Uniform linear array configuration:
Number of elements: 48
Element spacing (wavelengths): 0.75
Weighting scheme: hamming
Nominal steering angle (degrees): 30
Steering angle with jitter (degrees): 28.947
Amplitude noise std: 0.05
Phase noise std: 0.05

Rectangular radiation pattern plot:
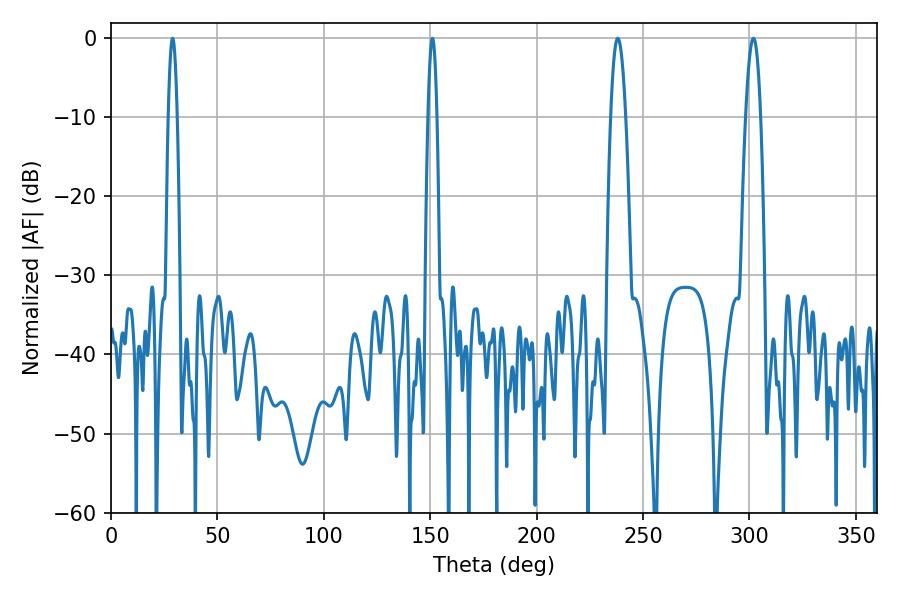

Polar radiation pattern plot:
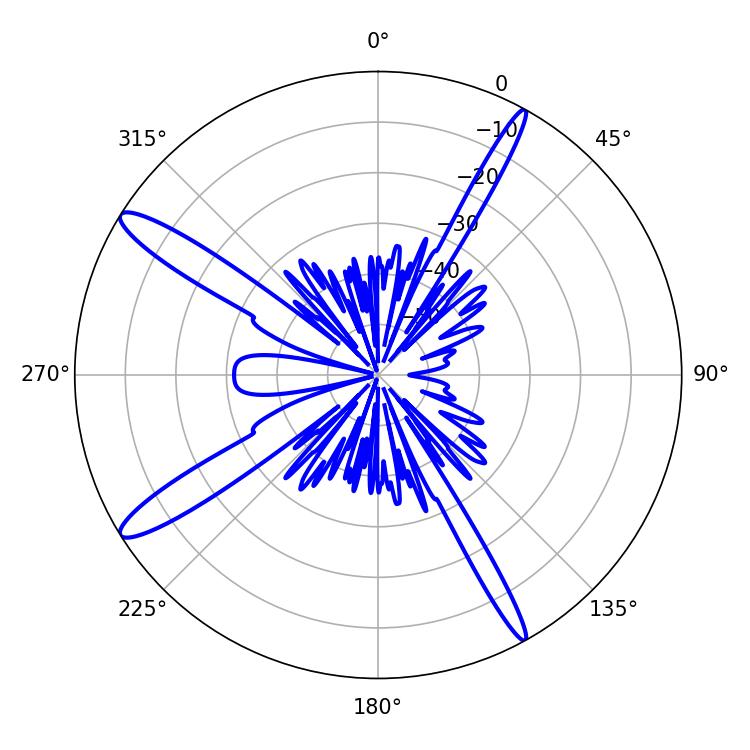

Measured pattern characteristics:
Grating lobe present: TRUE
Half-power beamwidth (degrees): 3.78
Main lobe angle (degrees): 238.14